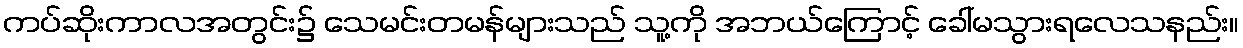
ကပ်ဆိုးကာလအတွင်း၌ သေမင်းတမန်များသည် သူ့ကို အဘယ်ကြောင့် ခေါ်မသွားရလေသနည်း။